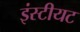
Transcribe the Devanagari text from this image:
इंस्टीयट